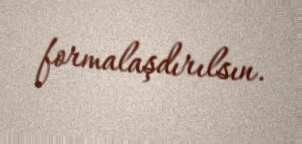
formalaşdırılsın.